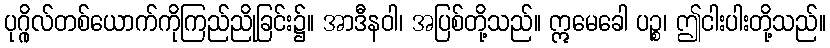
ပုဂ္ဂိုလ်တစ်ယောက်ကိုကြည်ညိုခြင်း၌။ အာဒီနဝါ၊ အပြစ်တို့သည်။ ဣမေခေါ ပဉ္စ၊ ဤငါးပါးတို့သည်။